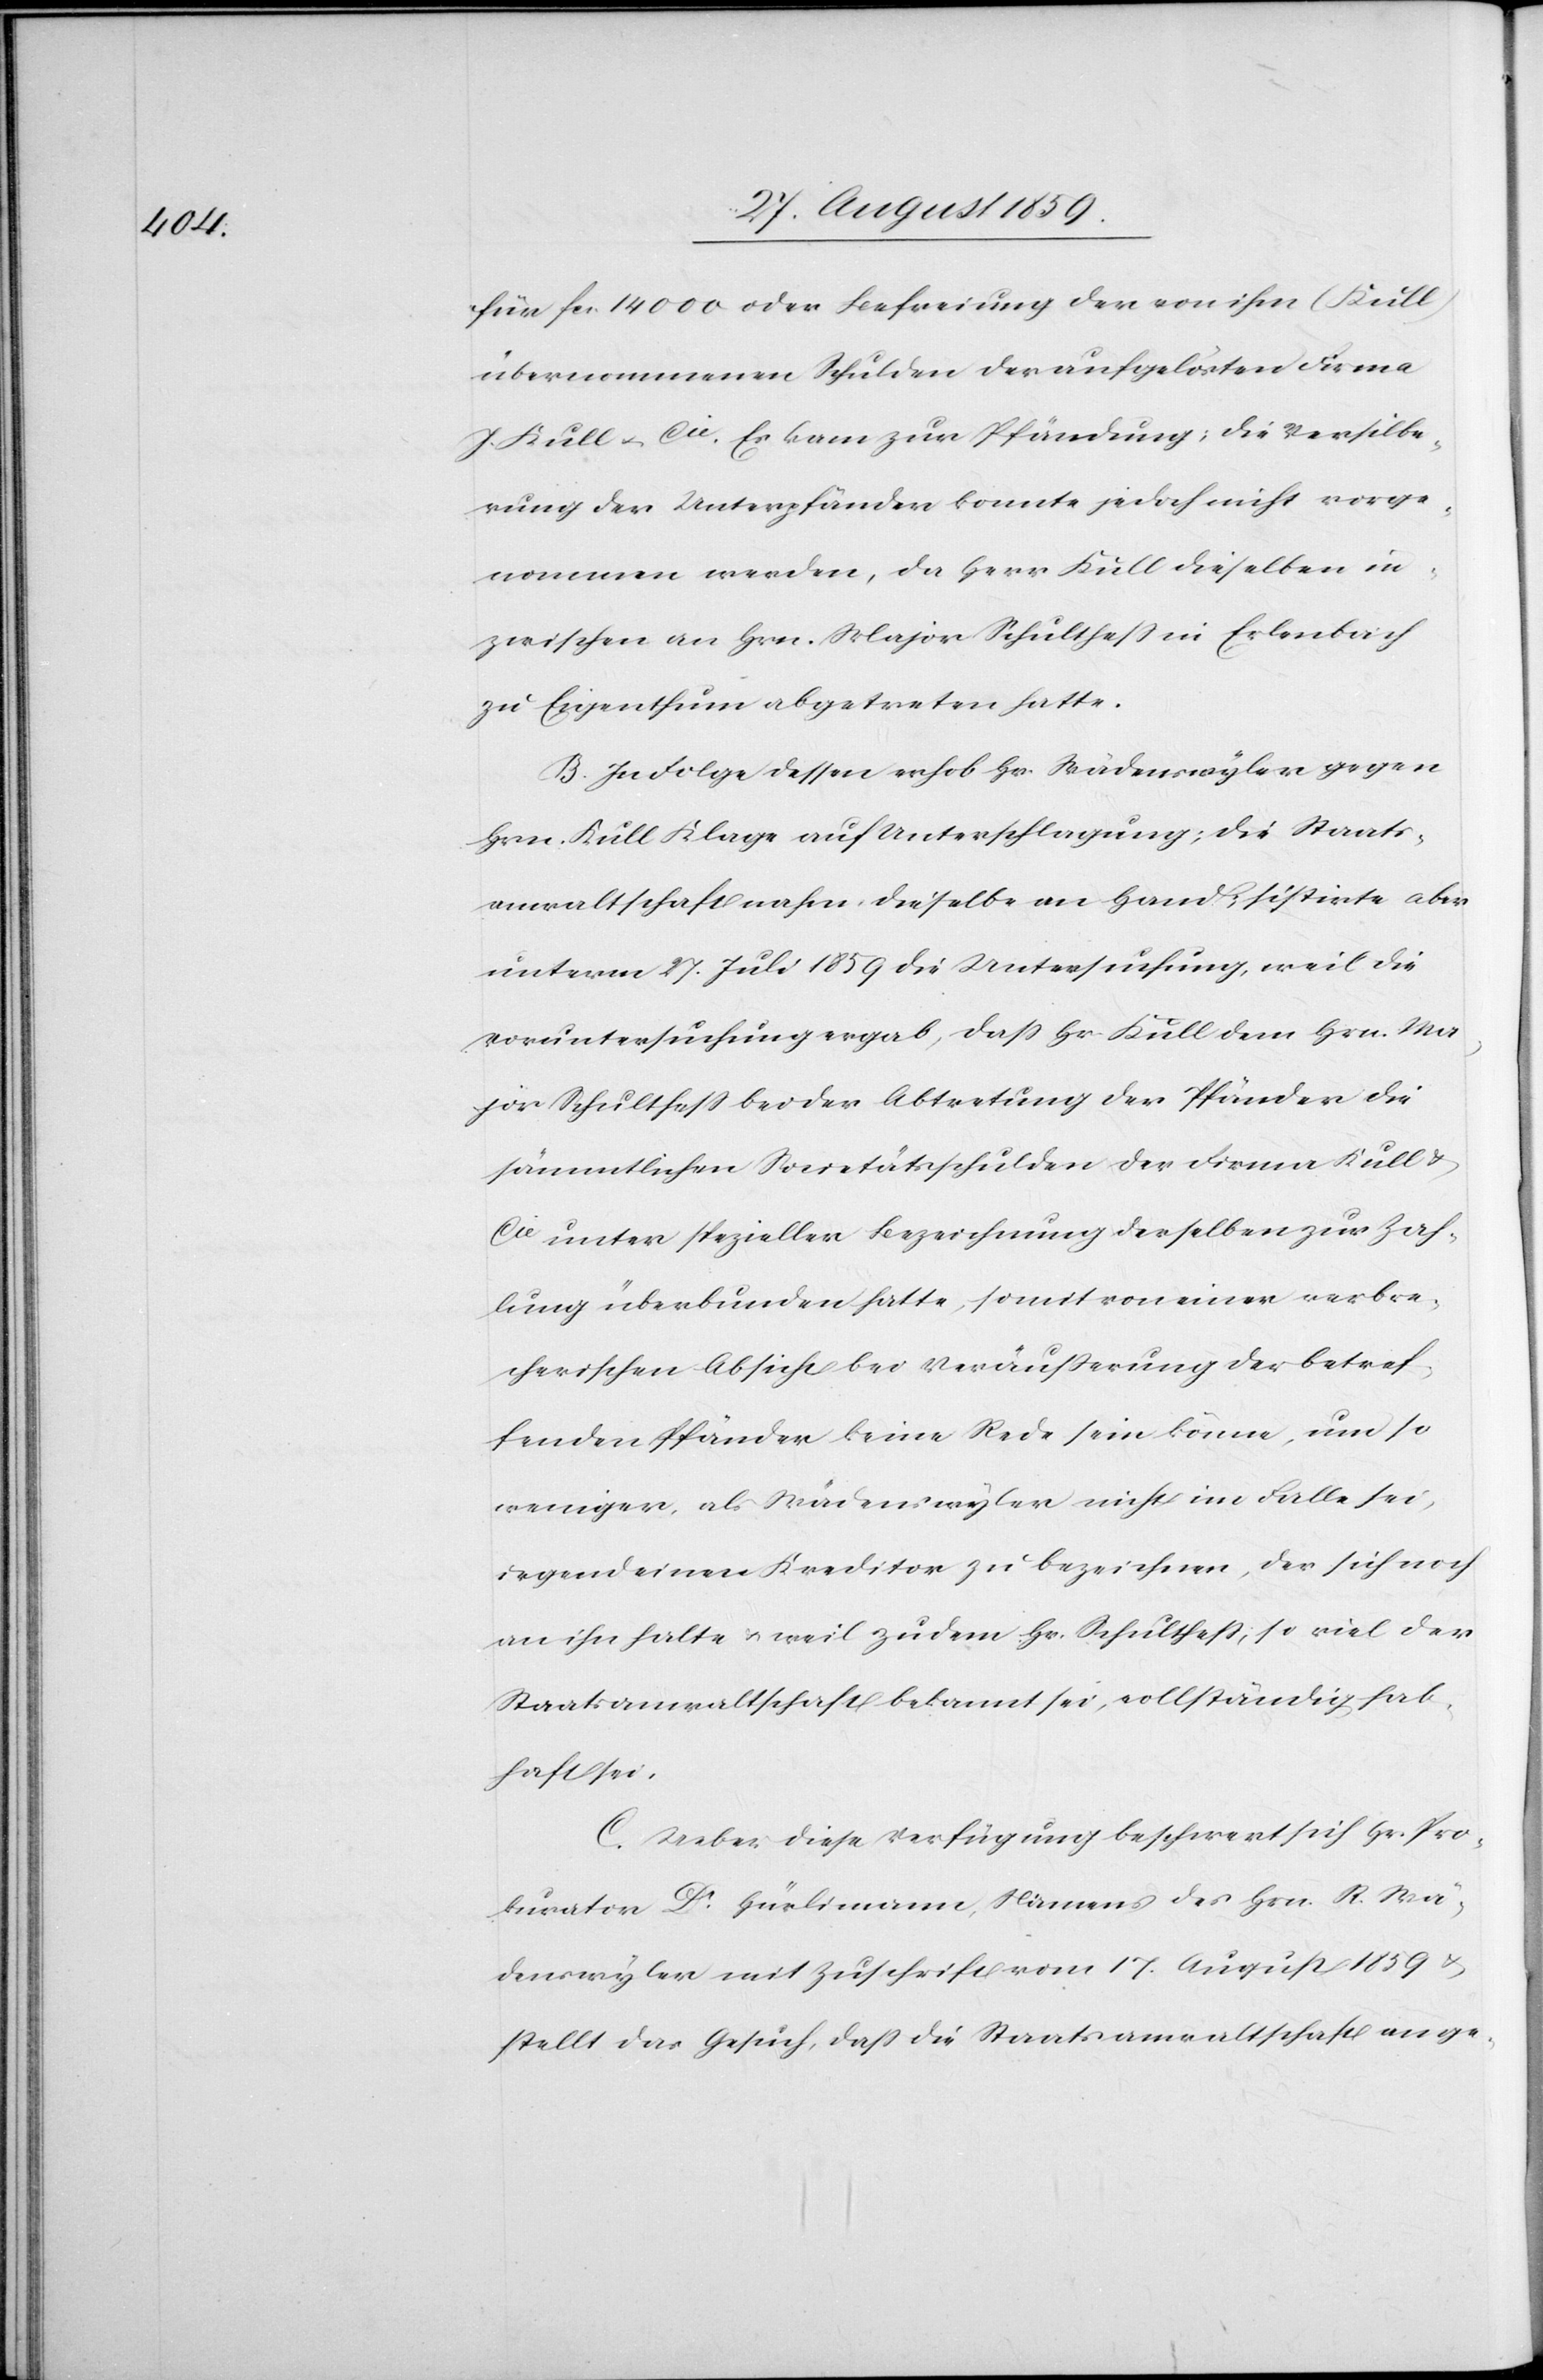
für fcs. 14000 oder Befreiung der von ihm (Kull)
übernommenen Schulden der aufgelösten Firma
J. Kull & Cie. Es kam zur Pfändung; die Versilbe¬
rung der Unterpfänder konnte jedoch nicht vorge¬
nommen werden, da Herr Kull dieselben in¬
zwischen an Hrn. Major Schultheß im Erlenbach
zu Eigenthum abgetreten hatte.
B. In Folge dessen erhob Hr. Wädenswyler gegen
Hrn. Kull Klage auf Unterschlagung; die Staats¬
anwaltschaft nahm dieselbe an Hand, sistirte aber
unterm 27. Juli 1859 die Untersuchung, weil die
Voruntersuchung ergab, daß Hr. Kull dem Hrn. Ma¬
jor Schultheß bei der Abtretung der Pfänder die
sämmtlichen Societätsschulden der Firma Kull &
Cie unter spezieller Bezeichnung derselben zur Zah¬
lung überbunden hatte, somit von einer verbre¬
cherischen Absicht bei Veräußerung der betref¬
fenden Pfänder keine Rede sein könne, um so
weniger, als Wädenswyler nicht im Falle sei,
irgend einen Kreditor zu bezeichnen, der sich noch
an ihn halte & weil zudem Hr. Schultheß, so viel der
Staatsanwaltschaft bekannt sei, vollständig hab¬
haft sei.
C. Ueber diese Verfügung beschwert sich Hr. Pro¬
kurator Dr. Hürlimann, Namens des Hrn. R. Wä¬
denswyler mit Zuschrift vom 17. August 1859 &
stellt das Gesuch, daß die Staatsanwaltschaft an ge-